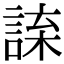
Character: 𧨯